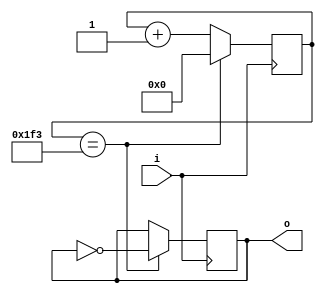
// Copyright Wenting Zhang 2024
//
// This source describes Open Hardware and is licensed under the CERN-OHL-P v2
//
// You may redistribute and modify this documentation and make products using
// it under the terms of the CERN-OHL-P v2 (https:/cern.ch/cern-ohl). This
// documentation is distributed WITHOUT ANY EXPRESS OR IMPLIED WARRANTY,
// INCLUDING OF MERCHANTABILITY, SATISFACTORY QUALITY AND FITNESS FOR A
// PARTICULAR PURPOSE. Please see the CERN-OHL-P v2 for applicable conditions
//
// clk_div.v
// Basic clock divider
`timescale 1ns / 1ps
`default_nettype wire
module clk_div(
    input i,
    output reg o = 0
    );

    parameter WIDTH = 15, DIV = 1000;
    
    reg [WIDTH - 1:0] counter = 0;
    
    always @(posedge i)
    begin
        if (counter == (DIV / 2 - 1)) begin
            o <= ~o;
            counter <= 0;
        end
        else
            counter <= counter + 1'b1;
    end
endmodule